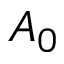
A _ { 0 }